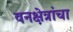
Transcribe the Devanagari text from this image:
वनक्षेत्रांचा